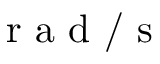
\mathrm { ~ r ~ a ~ d ~ } / \mathrm { ~ s ~ }